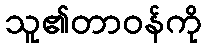
သူ၏တာဝန်ကို